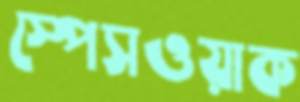
স্পেসওয়াক